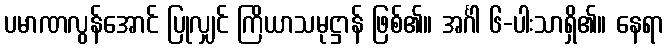
ပမာဏလွန်အောင် ပြုလျှင် ကြိယာသမုဋ္ဌာန် ဖြစ်၏။ အင်္ဂါ ၆-ပါးသာရှိ၏။ နေရာ